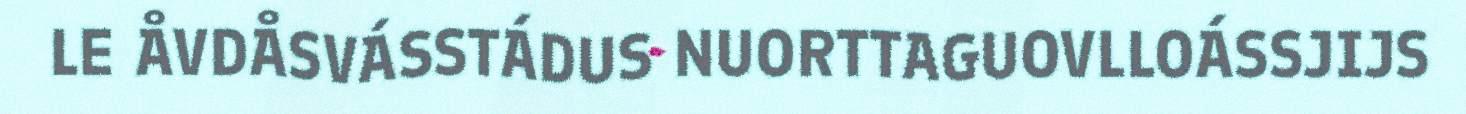
LE ÅVDÅSVÁSSTÁDUS NUORTTAGUOVLLOÁSSJIJS